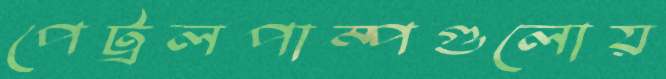
পেট্রলপাম্পগুলোয়